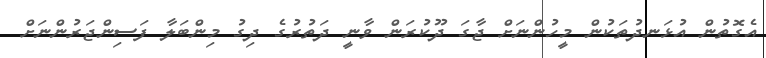
އެގޮތުން އުޅަނދުތަކުން މީހުންނަށް ޖާގަ ދޫކުރަން ވާނީ ދަތުރުގެ ދިގު މިންބަލާ ފަސިންޖަރުންނަށް